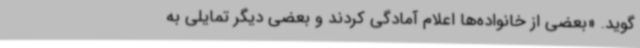
‌گوید. «بعضی از خانواده‌ها اعلام آمادگی کردند و بعضی دیگر تمایلی به